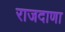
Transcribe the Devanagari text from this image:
राजदाणा